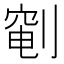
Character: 𫦐